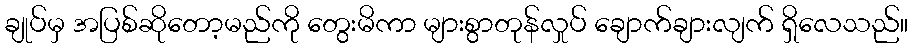
ချုပ်မှ အပြစ်ဆိုတော့မည်ကို တွေးမိကာ များစွာတုန်လှုပ် ချောက်ချားလျက် ရှိလေသည်။